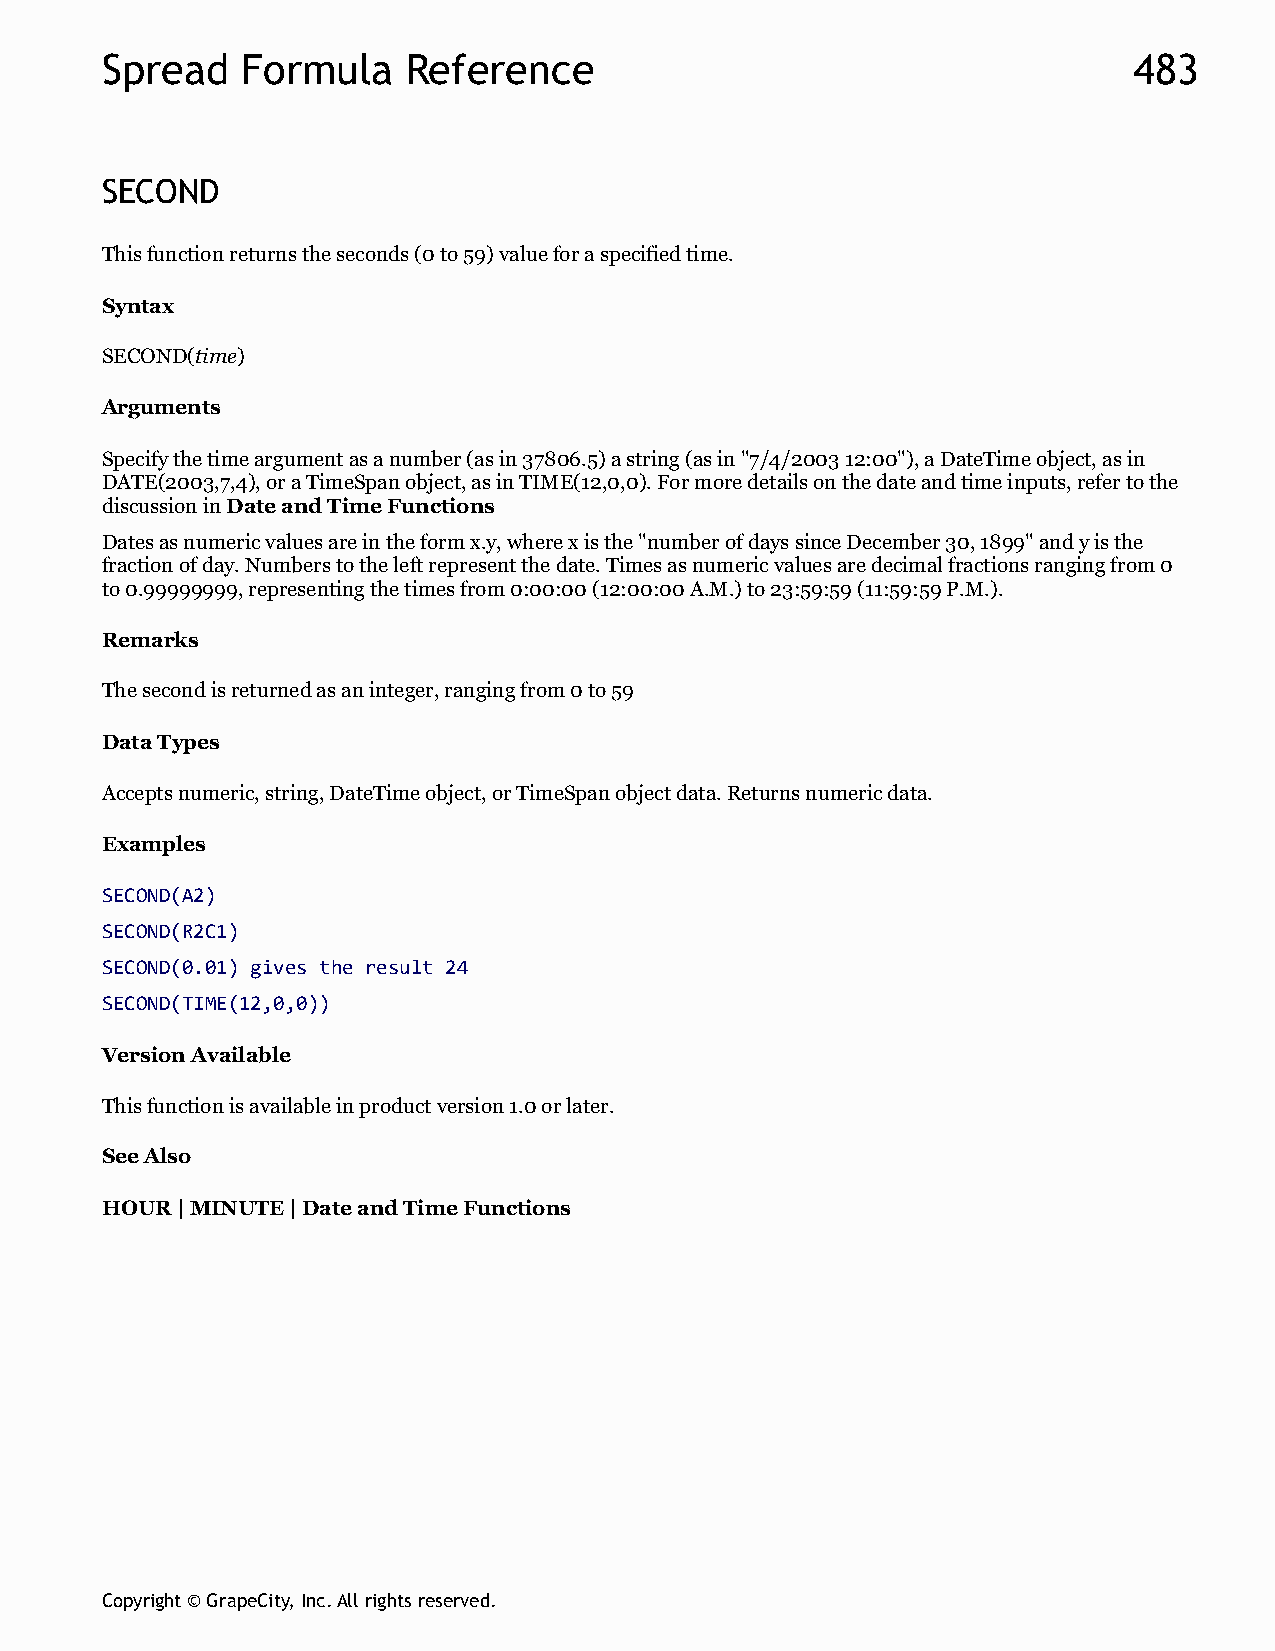
Spread   Formula    Reference                                       483
 SECOND
 This function returns the seconds (0 to 59) value for a specified time.
 Syntax
 SECOND(time)
 Arguments
 Specify the time argument as a number (as in 37806.5) a string (as in "7/4/2003 12:00"), a DateTime object, as in
 DATE(2003,7,4), or a TimeSpan object, as in TIME(12,0,0). For more details on the date and time inputs, refer to the
 discussion in Date and Time Functions
 Dates as numeric values are in the form x.y, where x is the "number of days since December 30, 1899" and y is the
 fraction of day. Numbers to the left represent the date. Times as numeric values are decimal fractions ranging from 0
 to 0.99999999, representing the times from 0:00:00 (12:00:00 A.M.) to 23:59:59 (11:59:59 P.M.).
 Remarks
 The second is returned as an integer, ranging from 0 to 59
 Data Types
 Accepts numeric, string, DateTime object, or TimeSpan object data. Returns numeric data.
 Examples
 SECOND(A2)
 SECOND(R2C1)
 SECOND(0.01) gives the result 24
 SECOND(TIME(12,0,0))
 Version Available
 This function is available in product version 1.0 or later.
 See Also
 HOUR | MINUTE | Date and Time Functions
 Copyright © GrapeCity, Inc. All rights reserved.